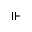
\Vdash